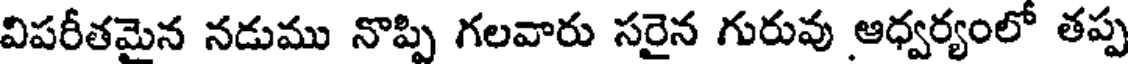
విపరీతమైన నడుము నొప్పి గలవారు సరైన గురువు ఆధ్వర్యంలో తప్ప